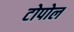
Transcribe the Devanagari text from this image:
टोपोल